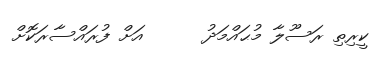
ކީރިތި ރަސޫލާ މުޙައްމަދު      އަށް ފުރައްސާރަކޮށް